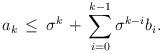
LaTeX: \begin{align*}a_k\,\leq\,\sigma^k\,+\,\sum_{i=0}^{k-1}\sigma^{k-i}b_i.\end{align*}